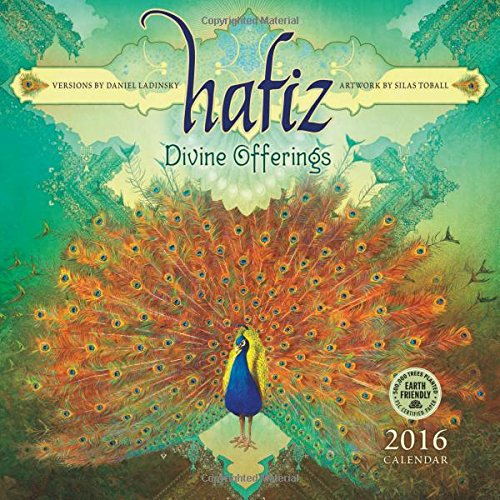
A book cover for Hafiz 2016 Wall Calendar; Daniel Ladinsky; Literature & Fiction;